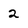
Character: 2